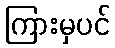
ကြားမှပင်